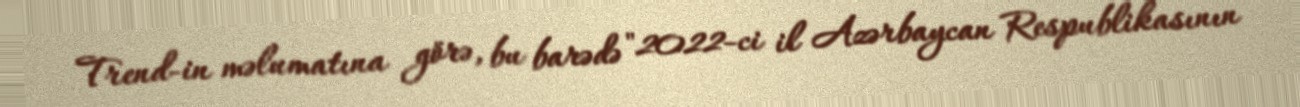
Trend-in məlumatına görə, bu barədə "2022-ci il Azərbaycan Respublikasının